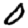
Digit: 0